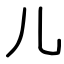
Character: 儿